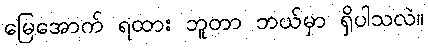
မြေအောက် ရထား ဘူတာ ဘယ်မှာ ရှိပါသလဲ။